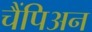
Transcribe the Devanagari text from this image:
चैंपिअन